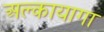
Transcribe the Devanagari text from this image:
अल्कायागा